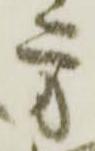
方